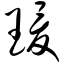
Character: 瑗